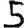
Digit: 5